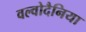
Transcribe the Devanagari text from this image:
वल्वोदैनिया